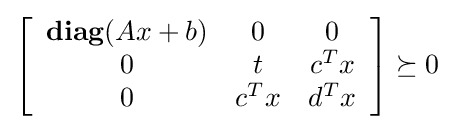
\left[{\begin{array}{ccc}{\textbf {diag}}(Ax+b)&0&0\\0&t&c^{T}x\\0&c^{T}x&d^{T}x\end{array}}\right]\succeq 0